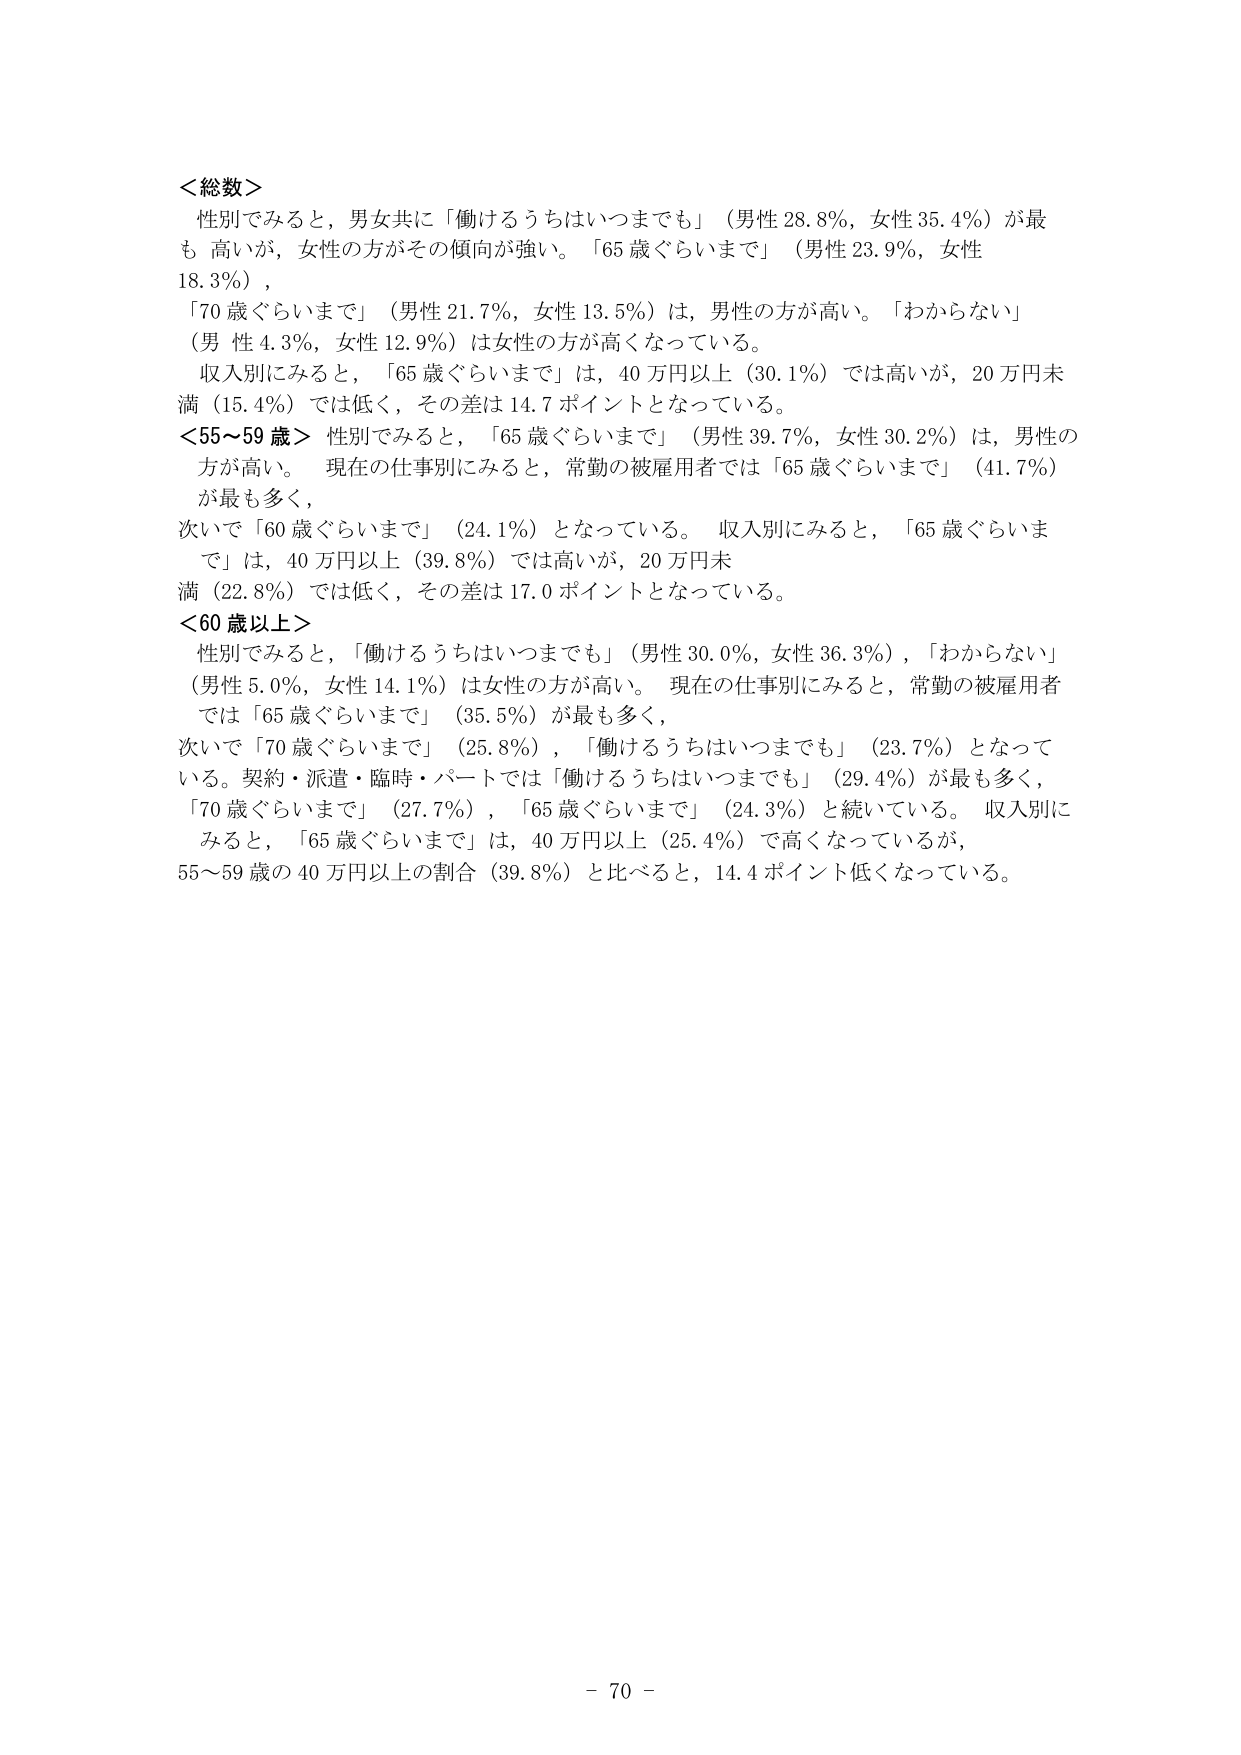
＜総数＞
性別でみると，男女共に「働けるうちはいつまでも」（男性28.8％，女性35.4％）が最も高いが，女性の方がその傾向が強い。「65歳ぐらいまで」（男性23.9％，女性18.3％），
「70歳ぐらいまで」（男性21.7％，女性13.5％）は，男性の方が高い。「わからない」（男性4.3％，女性12.9％）は女性の方が高くなっている。
収入別にみると，「65歳ぐらいまで」は，40万円以上（30.1％）では高いが，20万円未満（15.4％）では低く，その差は14.7ポイントとなっている。
＜55～59歳＞ 性別でみると，「65歳ぐらいまで」（男性39.7％，女性30.2％）は，男性の方が高い。 現在の仕事別にみると，常勤の被雇用者では「65歳ぐらいまで」（41.7％）が最も多く，
次いで「60歳ぐらいまで」（24.1％）となっている。 収入別にみると，「65歳ぐらいまで」は，40万円以上（39.8％）では高いが，20万円未満（22.8％）では低く，その差は17.0ポイントとなっている。
＜60歳以上＞
性別でみると，「働けるうちはいつまでも」（男性30.0％，女性36.3％），「わからない」（男性5.0％，女性14.1％）は女性の方が高い。 現在の仕事別にみると，常勤の被雇用者では「65歳ぐらいまで」（35.5％）が最も多く，
次いで「70歳ぐらいまで」（25.8％），「働けるうちはいつまでも」（23.7％）となっている。契約・派遣・臨時・パートでは「働けるうちはいつまでも」（29.4％）が最も多く，
「70歳ぐらいまで」（27.7％），「65歳ぐらいまで」（24.3％）と続いている。 収入別にみると，「65歳ぐらいまで」は，40万円以上（25.4％）で高くなっているが，
55～59歳の40万円以上の割合（39.8％）と比べると，14.4ポイント低くなっている。
- 70 -